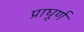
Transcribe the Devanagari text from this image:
प्राघूर्ण